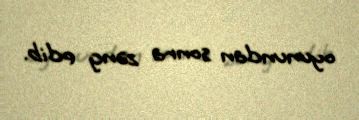
oyunundan sonra zəng edib.